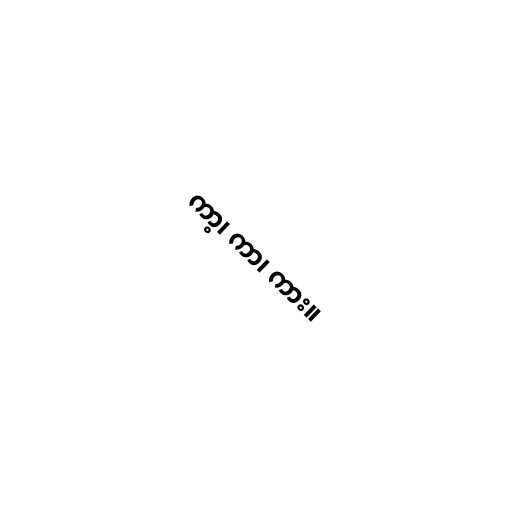
ကာ့၊ ကာ၊ ကား။